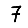
Digit: 7